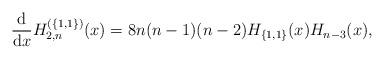
LaTeX: \begin{gather*}\frac{\rm d}{{\rm d}x}H_{2,n}^{(\{1,1\})}(x)=8n(n-1)(n-2)H_{\{1,1\}}(x)H_{n-3}(x),\end{gather*}